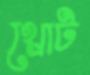
থ্রোট